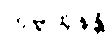
ကုမ္ဘထုနန္တိ